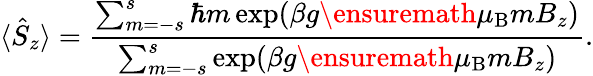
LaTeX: \langle\hat{S}_{z}\rangle=\frac{\sum_{m=-s}^{s}\hbar m\exp(\beta g{\ensuremath{\mu_{\mathrm{B}}}}mB_{z})}{\sum_{m=-s}^{s}\exp(\beta g{\ensuremath{\mu_{\mathrm{B}}}}mB_{z})}.